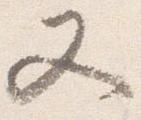
又